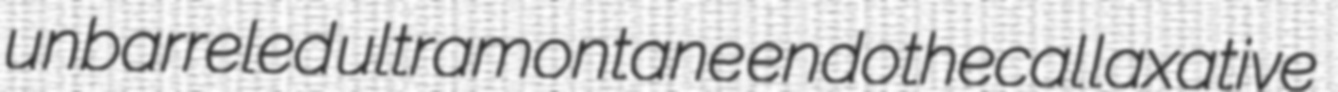
unbarreled ultramontane endothecal laxative